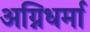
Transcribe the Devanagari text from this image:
अग्निधर्मा